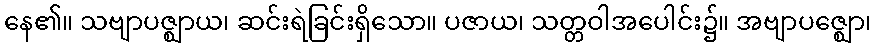
နေ၏။ သဗျာပဇ္ဈာယ၊ ဆင်းရဲခြင်းရှိသော။ ပဇာယ၊ သတ္တဝါအပေါင်း၌။ အဗျာပဇ္ဈော၊